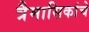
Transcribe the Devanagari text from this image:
त्रैमासिकांचे